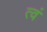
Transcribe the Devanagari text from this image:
त्वं